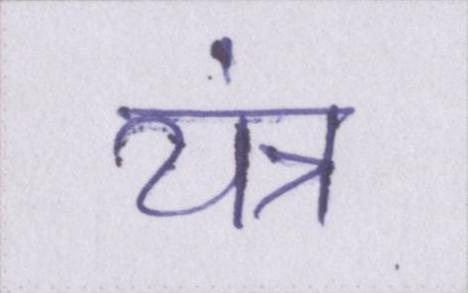
यंत्र